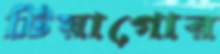
টিয়াগোর